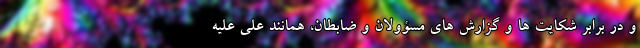
و در برابر شکایت ها و گزارش های مسؤولان و ضابطان، همانند علی علیه